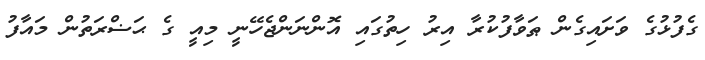
ގެފުޅުގެ ވަށައިގެން ޠަވާފުކުރާ އިރު ހިތުގައި އޮންނަންޖެހޭނީ މިއީ ގެ ޙަޟްރަތުން މައާފު